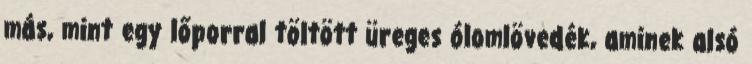
más, mint egy lőporral töltött üreges ólomlövedék, aminek alsó